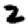
Digit: 2